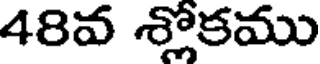
48వ శ్లోకము